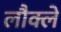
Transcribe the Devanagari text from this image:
लौक्ले